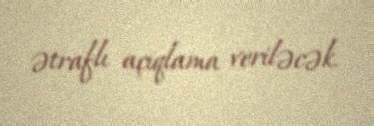
ətraflı açıqlama veriləcək.